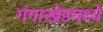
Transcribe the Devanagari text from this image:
गंगाखेडमध्ये